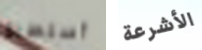
أستطيع الأشرعة